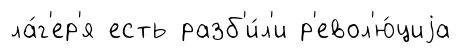
ла́г'ер'я есть разб'и́л'и р'евол'ю́циjа